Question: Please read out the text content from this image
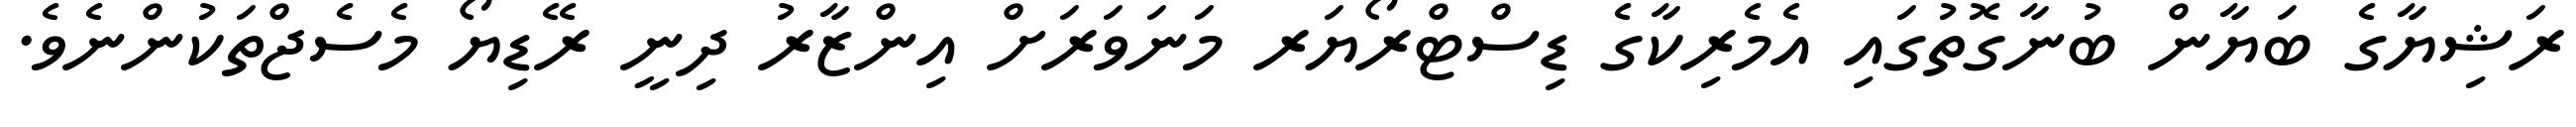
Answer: ރަޝިޔާގެ ބަޔާން ބުނާގޮތުގައި އެމެރިކާގެ ޑިސްޓްރޯޔަރ މަނަވަރަށް އިންޒާރު ދިނީ ރޭޑިޔޯ މެސެޖްތަކުންނެވެ.